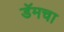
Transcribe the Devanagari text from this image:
डॅमचा